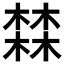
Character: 𱤏